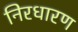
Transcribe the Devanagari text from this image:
निरधारण